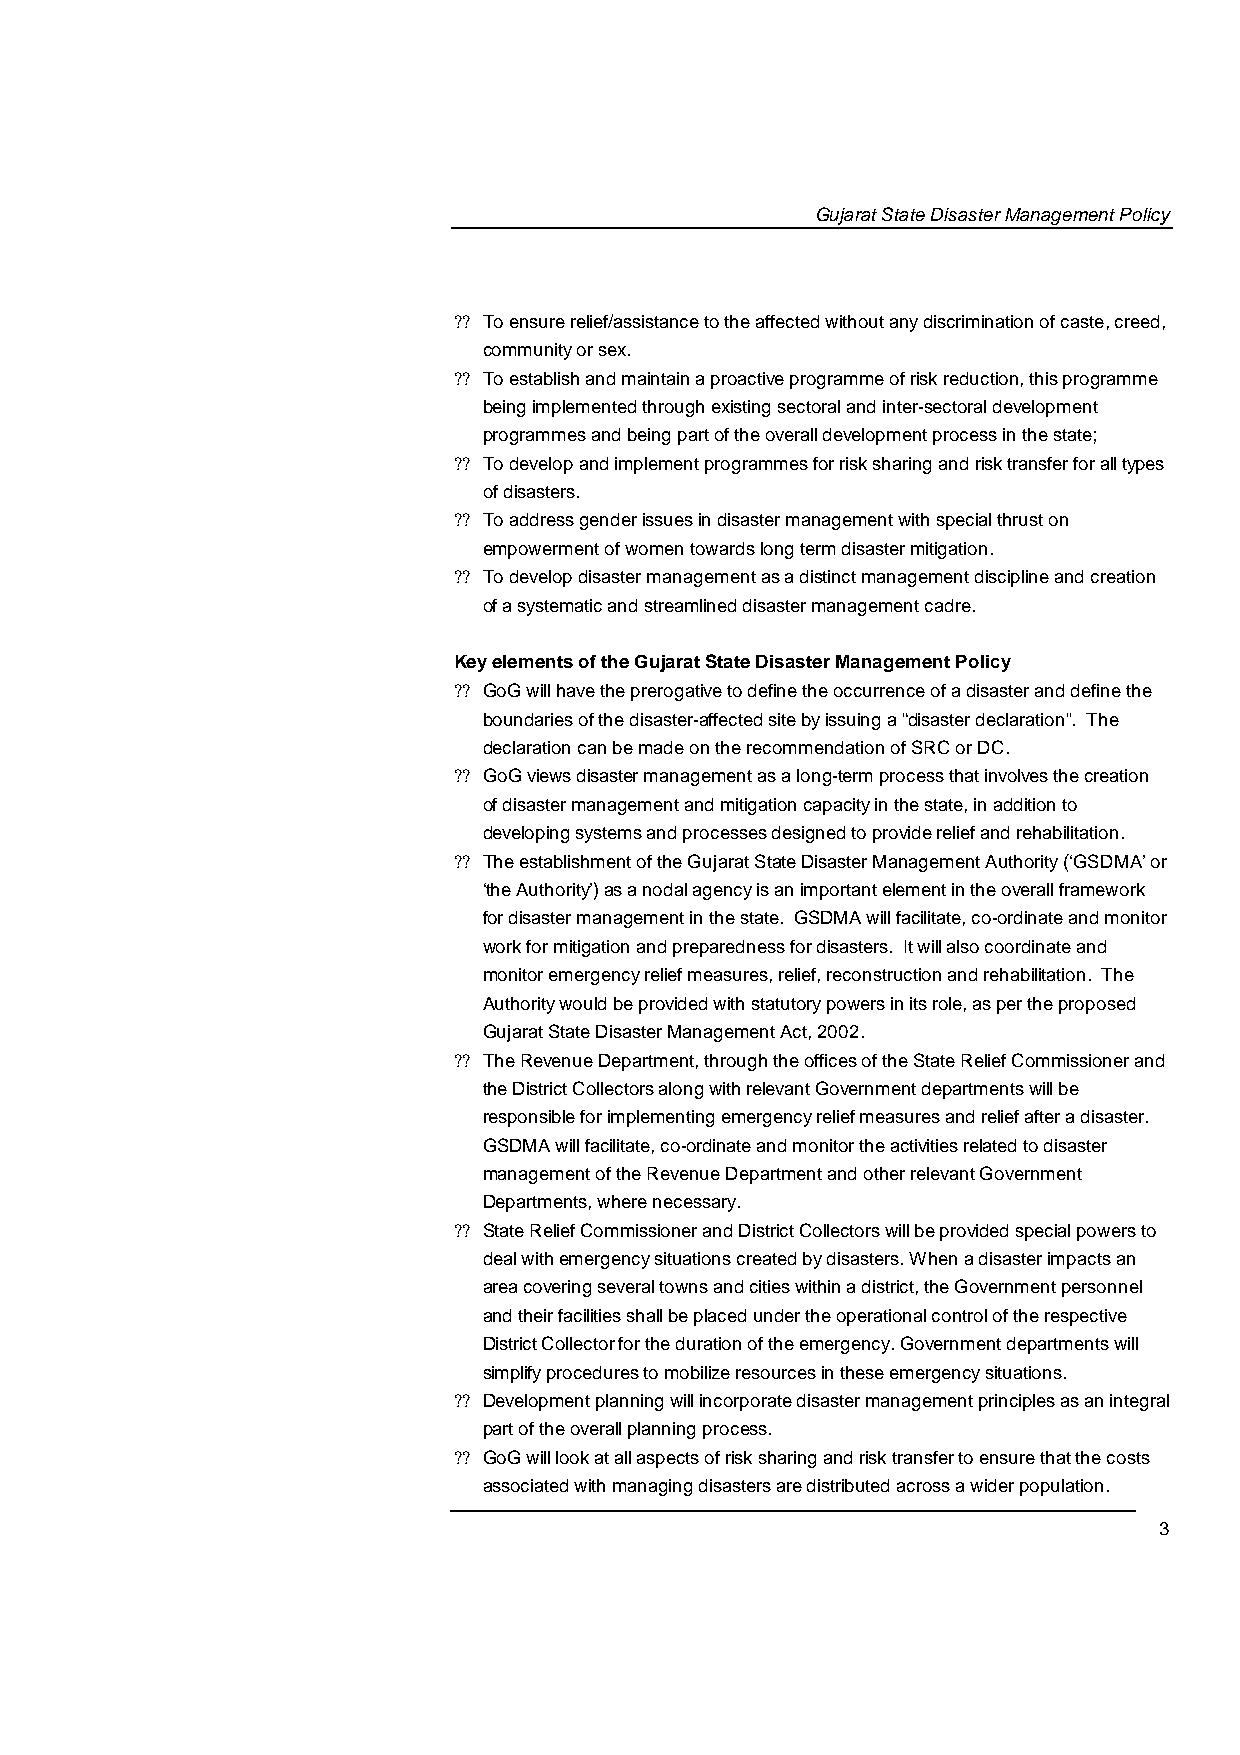
Gujarat State Disaster Management Policy
 ?? To ensure relief/assistance to the affected without any discrimination of cast,e creed,
 community or sex.
 ?? To establish and maintain a proactive programme of risk reduction, this programme
 being implemented through existing sectoral and inte-rsectoral development
 programmes and being part of the overall development process in the state;
 ?? To develop and implement programmes for risk sharing and risk transfer for all types
 of disasters.
 ?? To address gender issues in disaster management with special thrust on
 empowerment of women towards long term disaster mitigation .
 ?? To develop disaster management as a distinct management discipline and creation
 of a systematic and streamlined disaster management cadre .
 Key elements of the Gujarat State Disaster Management Policy
 ?? GoG will have the prerogative to define the occurrence of a disaster and define the
 boundaries of the disaster-affected site by issuing a “disaster declaration”. The
 declaration can be made on the recommendation of SRC or DC.
 ?? GoG views disaster management as a long-term process that involves the creation
 of disaster management and mitigation capacity in the state, in addition to
 developing systems and processes designed to provide relief and rehabilitation .
 ?? The establishment of the Gujarat State Disaster Management Authority (‘GSDMA’ or
 ‘the Authority’) as a nodal agency is an important element in the overall framework
 for disaster management in the state. GSDMA will facilitate, co-ordinate and monitor
 work for mitigation and preparedness for disasters. It will also coordinate and
 monitor emergency relief measures, relief, reconstruction and rehabilitation .T he
 Authority would be provided with statutory powers in its role, as per the proposed
 Gujarat State Disaster Management Act, 2002.
 ?? The Revenue Department, through the offices of the State Relief Commissioner and
 the District Collectors along with relevant Government departments will be
 responsible for implementing emergency relief measures and relief after a disaster.
 GSDMA will facilitate, co-ordinate and monitor the activities related to disaster
 management of the Revenue Department and other relevant Government
 Departments, where necessary.
 ?? State Relief Commissioner and District Collectors will be provided special powers to
 deal with emergency situations created by disasters. When a disaster impacts an
 area covering several towns and cities within a district, the Government personnel
 and their facilities shall be placed under the operational control of the respective
 District Collector for the duration of the emergency. Government departments will
 simplify procedures to mobilize resources in these emergency situations.
 ?? Development planning will incorporate disaster management principles as an integral
 part of the overall planning process.
 ?? GoG will look at all aspects of risk sharing and risk transfer to ensure that the costs
 associated with managing disasters are distributed across a wider population .
 3